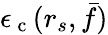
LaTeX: \epsilon_{\mathrm{~c~}}(r_{s},\bar{f})